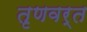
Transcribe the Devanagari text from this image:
तृणवर्त